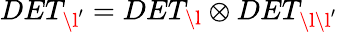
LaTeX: DET_{\l^{\prime}}=DET_{\l}\otimes DET_{\l\l^{\prime}}